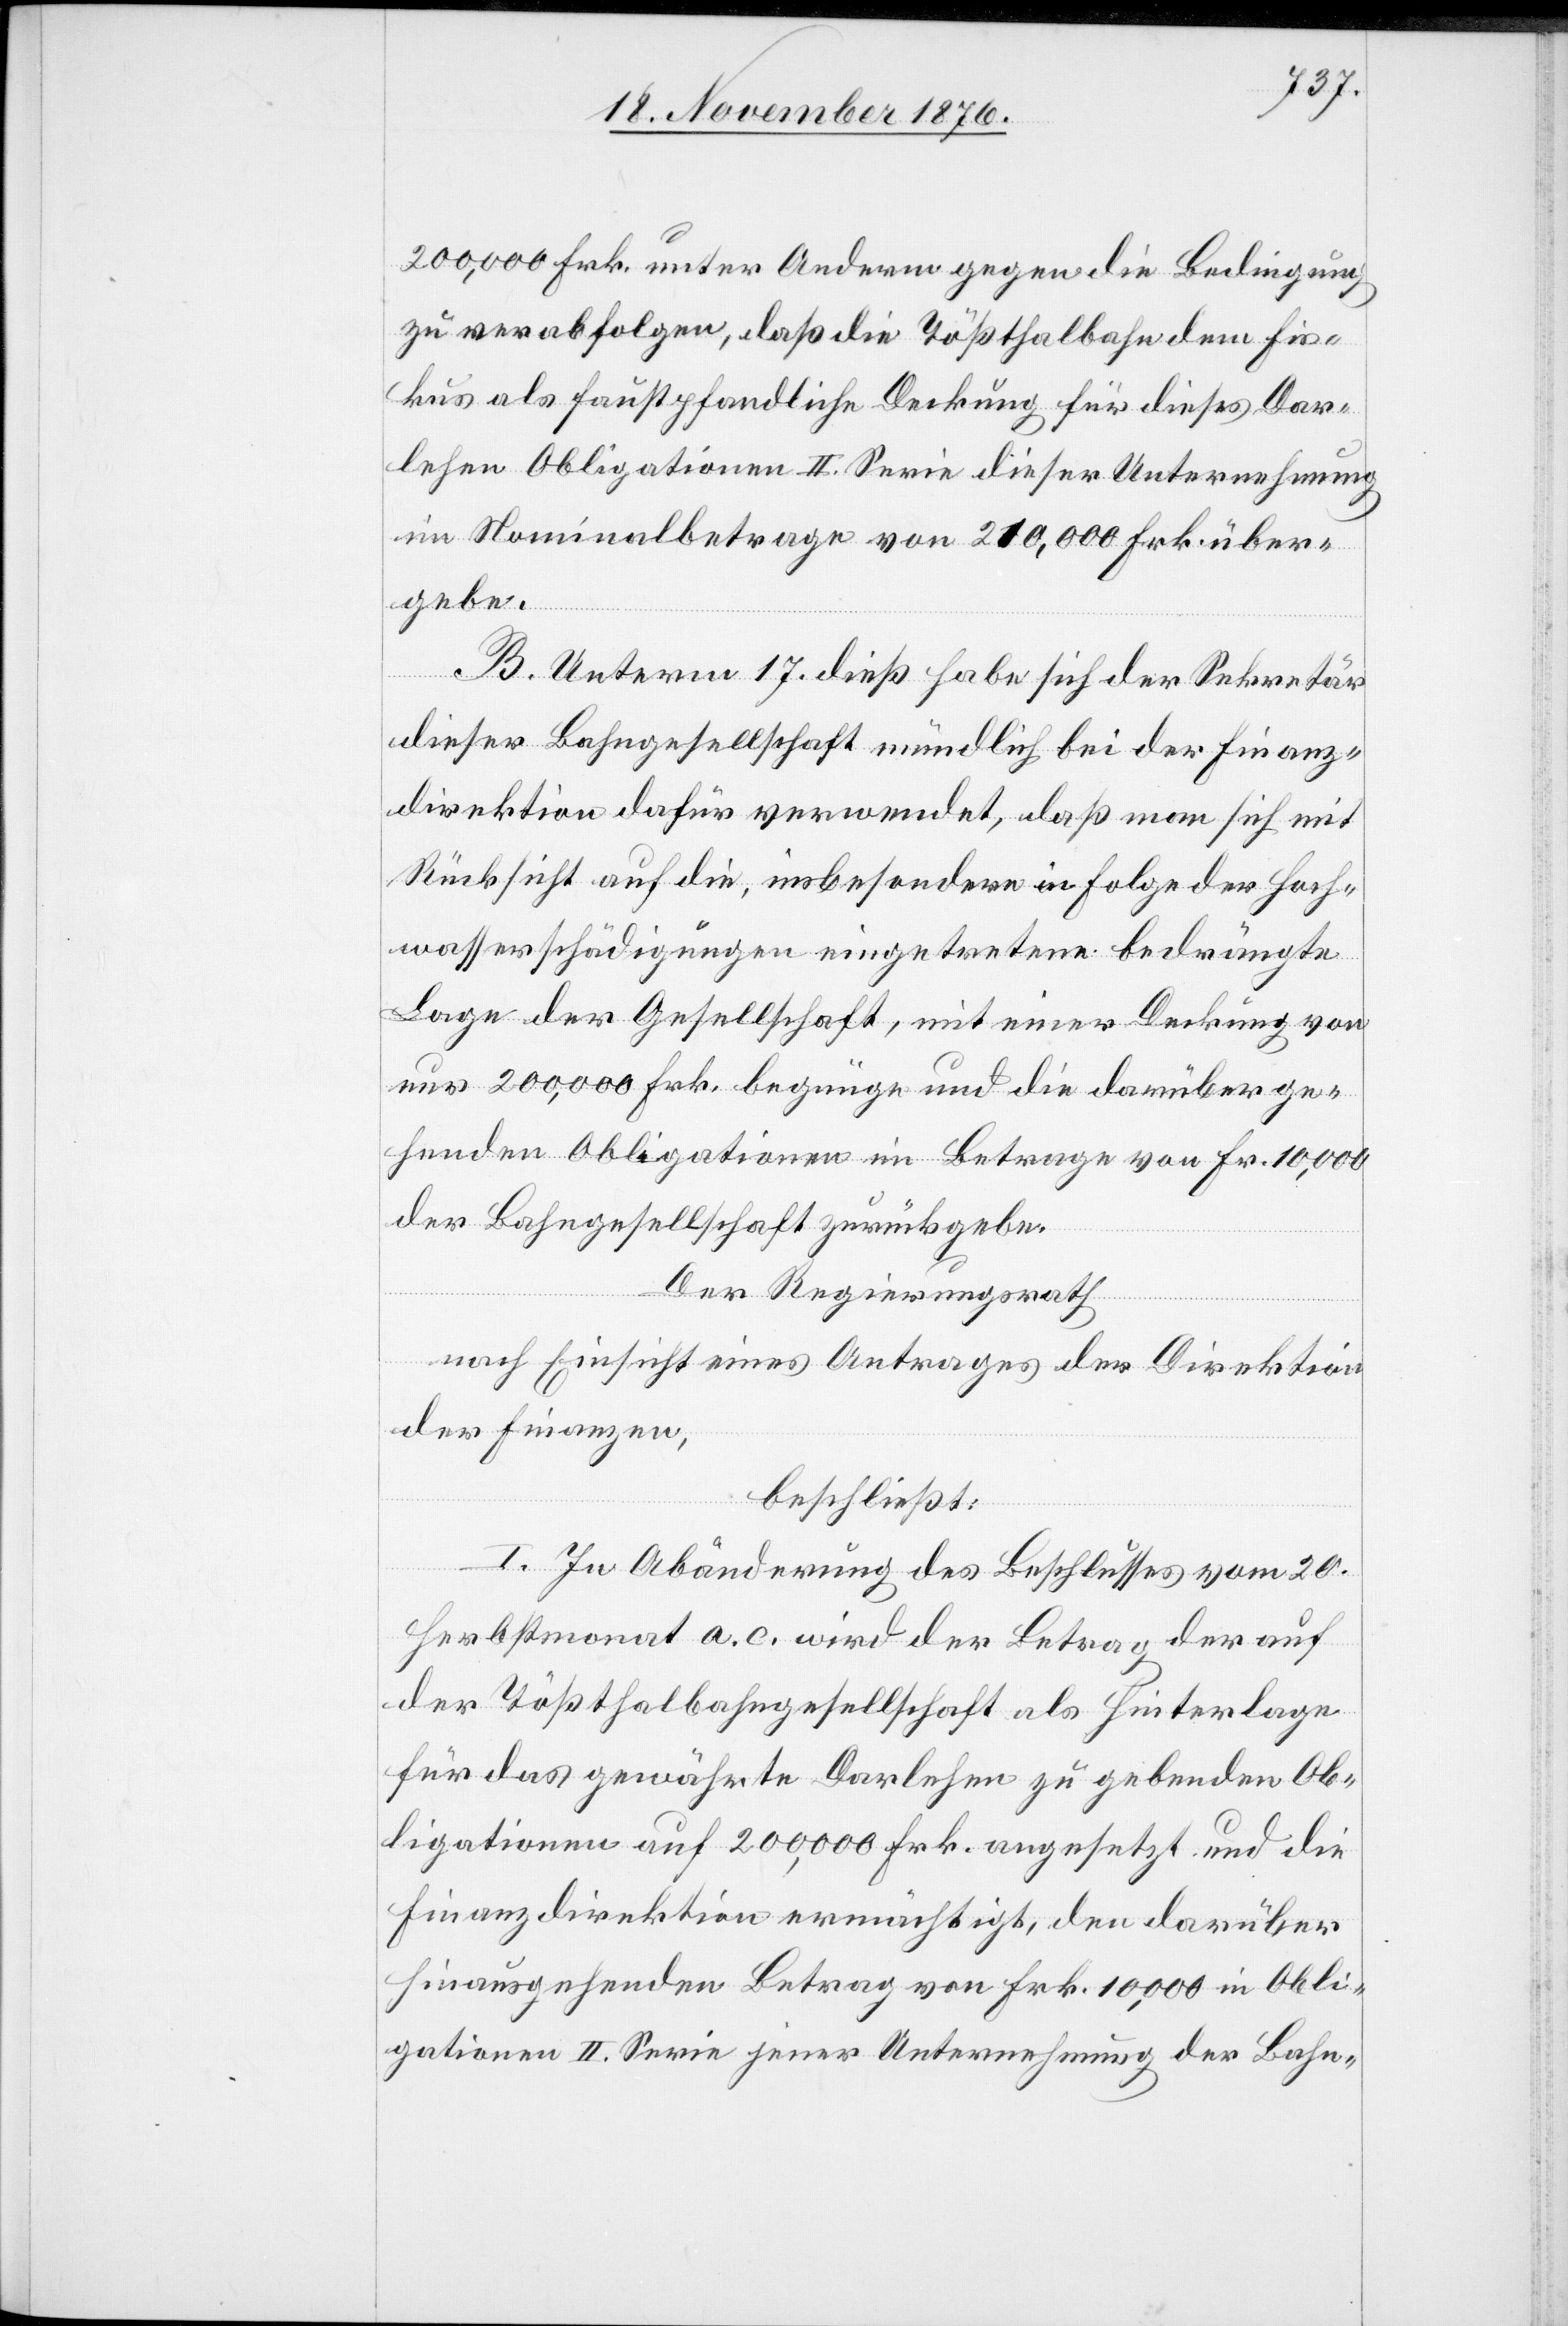
200,000 Frk. unter Anderm gegen die Bedingung
zu verabfolgen, daß die Tößthalbahn dem Fis¬
kus als faustpfandliche Deckung für dieses Dar¬
lehen Obligationen II. Serie dieser Unternehmung
im Nominalbetrage von 210,000 Frk. über¬
gebe.
B. Unterm 17. dieß habe sich der Sekretär
dieser Bahngesellschaft mündlich bei der Finanz¬
direktion dafür verwendet, daß man sich mit
Rücksicht auf die, insbesondere in Folge der Hoch¬
wasserschädigungen eingetretene bedrängte
Lage der Gesellschaft, mit einer Deckung von
nur 200,000 Frk. begnüge und die darüber ge¬
henden Obligationen im Betrage von Fr. 10,000
der Bahngesellschaft zurückgebe.
Der Regierungsrath,
nach Einsicht eines Antrages der Direktion
der Finanzen,
beschließt:
I. In Abänderung des Beschlusses vom 20.
Herbstmonat a. c. wird der Betrag der auf
der Tößthalbahngesellschaft als Hinterlage
für das gewährte Darlehen zu gebenden Ob¬
ligationen auf 200,000 Frk. angesetzt und die
Finanzdirektion ermächtigt, den darüber
hinausgehenden Betrag von Frk. 10,000 in Obli¬
gationen II. Serie jener Unternehmung der Bahn-